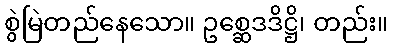
စွဲမြဲတည်နေသော။ ဥစ္ဆေဒဒိဋ္ဌိ၊ တည်း။